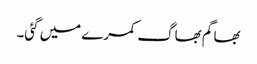
بھاگم بھاگ کمرے میں گئی۔